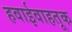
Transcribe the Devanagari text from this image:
हवाईवाहतूक